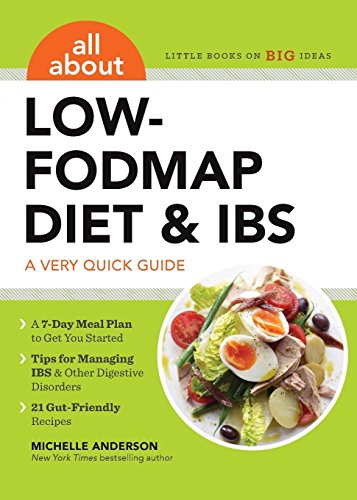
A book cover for All about Low-Fodmap Diet & Ibs: A Very Quick Guide (Shakespeare Made Clear); Michelle Anderson; Health, Fitness & Dieting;